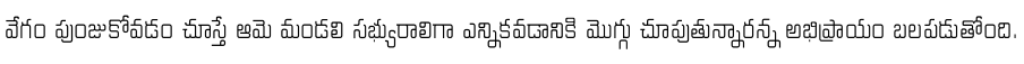
వేగం పుంజుకోవడం చూస్తే ఆమె మండలి సభ్యురాలిగా ఎన్నికవడానికి మొగ్గు చూపుతున్నారన్న అభిప్రాయం బలపడుతోంది.